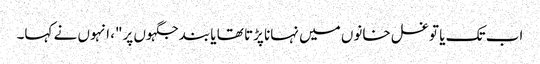
اب تک یا تو غسل خانوں میں نہانا پڑتا تھا یا بند جگہوں پر"، انہوں نے کہا۔